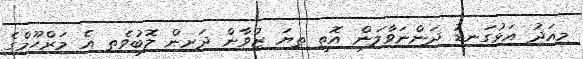
މިއަދު އަޅުގަނޑު ދަންނަވާލަން އޮތީ ތިޔަ ޒުވާން ދަރިން ލޮބުވެތި އެ މަރްޙޫމްގެ